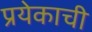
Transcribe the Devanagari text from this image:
प्रयेकाची